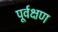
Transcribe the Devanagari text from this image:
पूर्वक्षण